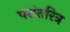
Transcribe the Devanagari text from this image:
परांतरित्र